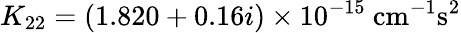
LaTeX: K_{22}=(1.820+0.16i)\times 10^{-15}~\mathrm{cm^{-1}s^{2}}